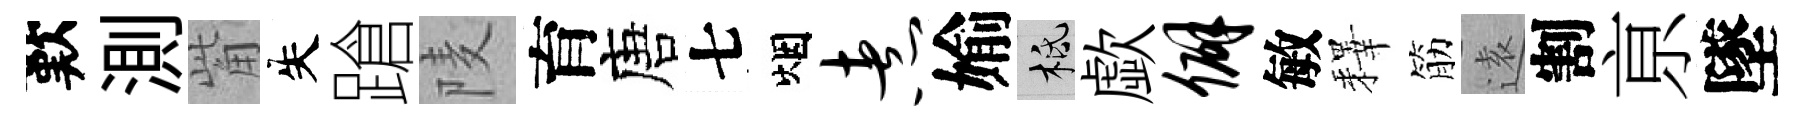
歎測觜失蹌𨹧育唐七烟煮媮柢歔僻敏釋筋逺割亰墜